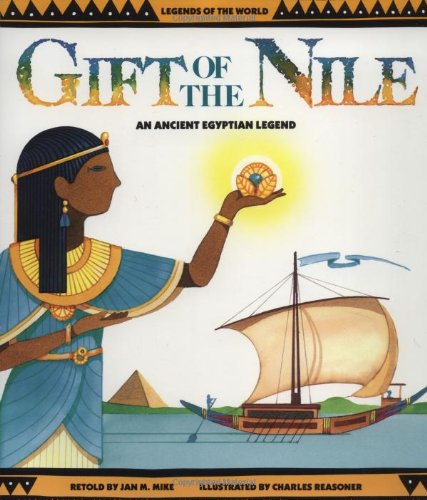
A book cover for Gift Of The Nile - Pbk; Jan M. Mike; Children's Books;